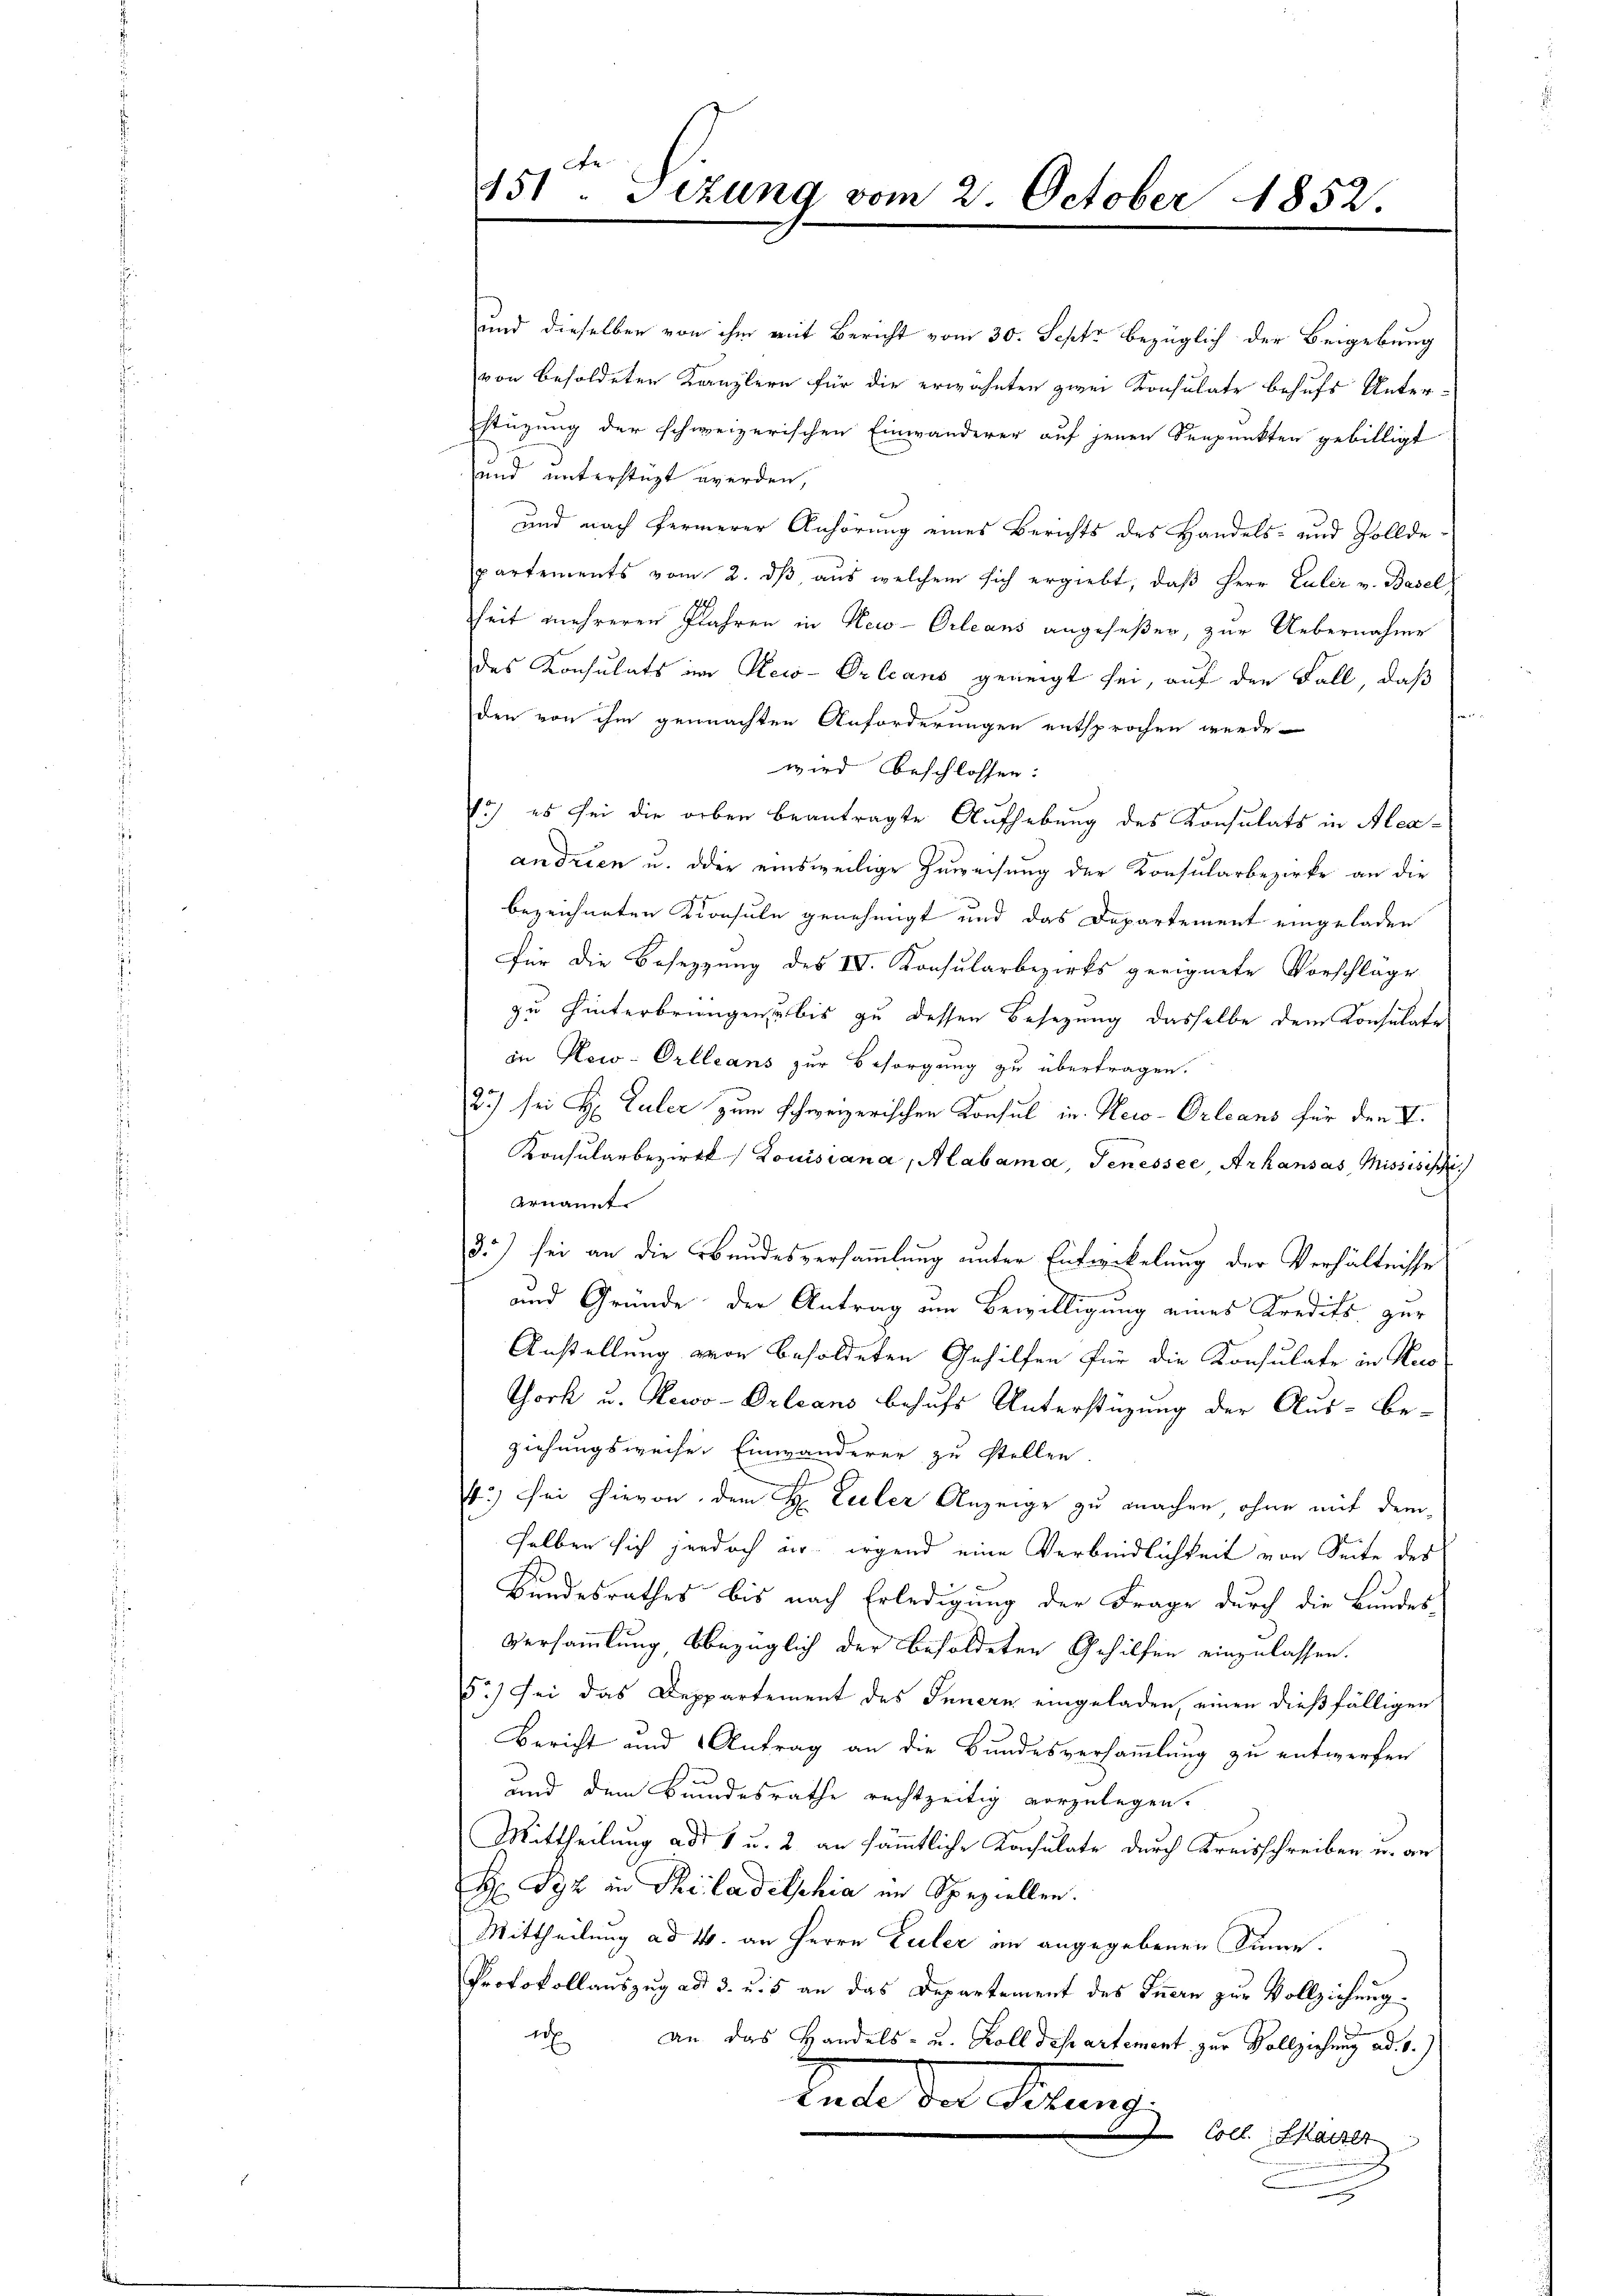
151. Sizung vom 2. October 1852.

und dieselben von ihm mit Bericht vom 30. Sept. bezüglich der Beigebung
von besoldeten Kanzlern für die erwähnten zwei Konsulate behufs Unter-
stüzung der schweizerischen Einwanderer auf jenen Seepunkten gebilligt
und unterstüzt werden,
und nach fermerer Anhörung eines Berichts des Handels- und Zolldepartements vom 2. dβ, aus welchem sich ergiebt, daß Herr Euler v. Basel,
heit mehreren Plahren in New-Orleans angeseßen, zur Uebernahme
des Konsulats im Reco-Orleans geneigt sei, auf den Fall, daß
¬
den von ihm gemachten Anforderungen entsprochen werde.
wird beschlossen:
1o es sei die orben beantragte Aufhebung des Konsulats in Aleaandrien u. oder einsweilige Zuweisung der Konsularbezirke an die
bezeichneten Konsule genehmigt und das Departement eingeladen
für die Besetzung des IV. Konsularbezirks geeignete Vorschlage
zu hinterbringen u bis zu dessen Besetzung dasselbe dem Konsulate
in New-Orleans zur Besorgung zu übertragen.
2) sei H. Paler zum Schweizerischen Konsul in Hero-Orleans für den V.
Konsularbezirk Louisiana, Mabama, Genessee, Arhansas, Missisisch
ernannt.
33) sei an die Ebendesversammlung unter Entwickelung der Verhältnisse
und Gründe der Antrag am Bewilligung eines Kredits zur
Anstellung von besoldeten Gehilfen für die Konsulate in Nes
York u. Newo-Orleans behufs Unterstüzung der Aus-Be-
ziehungsweiser Einwanderer zu stellen
4.) Sei hievon dem H: Lieler Anzeige zu machen ohne mit dem
selben sich jedoch er irgend eine Verbindlichkeit von Seite des
Bundesrathes bis nach Erledigung der Frage durch die Bundes-
Versammlung, bbezüglich der Besoldeten Gehilfen einzulassen.
5.) Sei das Deppartement des Innern eingeladen, einen dießfälligen
Bericht und Antrag an die Bundesversammlung zu entwerfen
und dem Bundesrathe rechtzeitig vorzulegen.
Mittheilung ad 1 u. 2 an sämmtliche Kochulate durch Kreisschreiben u. an
H Syz in Philadelphia im Speziellen.
Mittheilung ad 4. an Herrn Euler an angegebenen Sinne.
Protokollauszug ad 3. u. 5 an das Departement des Innern zur Vollziehung.
1 an das Handels- u. Koll des artement zur Vollziehung ad. 1.)
Rate der Geltung.
Coll. Kaiser
x